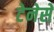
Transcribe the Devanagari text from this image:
टेनेसे